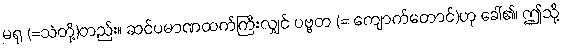
မရု (=သဲတို့)တည်း။ ဆင်ပမာဏထက်ကြီးလျှင် ပဗ္ဗတ (= ကျောက်တောင်)ဟု ခေါ်၏၊ ဤသို့